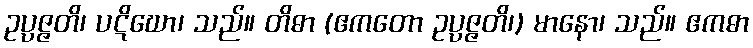
ဥပ္ပဇ္ဇတိ၊ ပဋိဃော၊ သည်။ တိဓာ (ဧကတော ဥပ္ပဇ္ဇတိ၊) မာနော၊ သည်။ ဧကဓာ